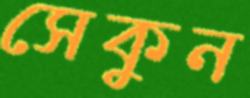
সেকুন